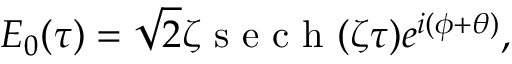
E _ { 0 } ( \tau ) = \sqrt { 2 } \zeta \mathrm { ~ s ~ e ~ c ~ h ~ } ( \zeta \tau ) e ^ { i ( \phi + \theta ) } ,